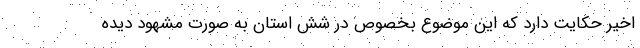
اخیر حکایت دارد که این موضوع بخصوص در شش استان به صورت مشهود دیده